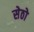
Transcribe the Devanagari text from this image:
सेठो